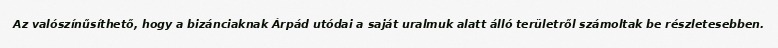
Az valószínűsíthető, hogy a bizánciaknak Árpád utódai a saját uralmuk alatt álló területről számoltak be részletesebben.